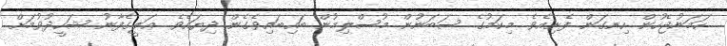
ހަމަނުޖެހުން ހިނގަން ފެށިއެވެ. މިކަމުގެ ސަބަނުން މުސްލިމުން ބައިބައިވެގެން ދިޔައެވެ. ޢަލީގެފާނު ޝަހީދުވުމަށް